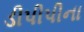
ડીપીપીના